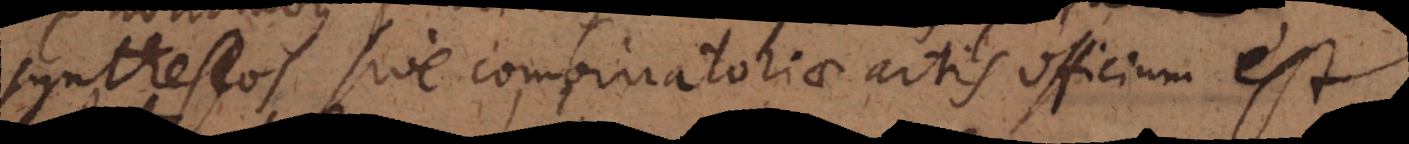
syntheseos sive combinatoriae artis officium est.